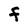
Character: F